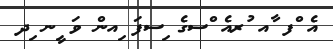
އެ ްފ ާއ ުރއެ ްސގެ ިސފަ ިއން ވަ ީނ ިދ